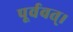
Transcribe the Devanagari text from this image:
पूर्ववत्।